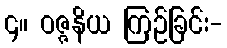
၄။ ဝဇ္ဇနိယ ကြဉ်ခြင်း-